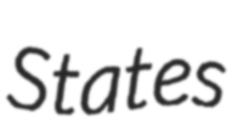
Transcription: States